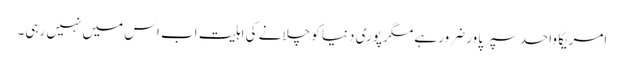
امریکا واحد سپر پاور ضرور ہے مگر پوری دنیا کو چلانے کی اہلیت اب اس میں نہیں رہی۔